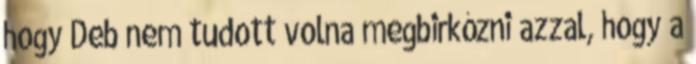
hogy Deb nem tudott volna megbirkózni azzal, hogy a